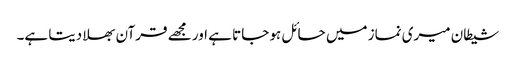
شیطان میری نماز میں حائل ہو جاتا ہے اور مجھے قرآن بھلا دیتا ہے۔